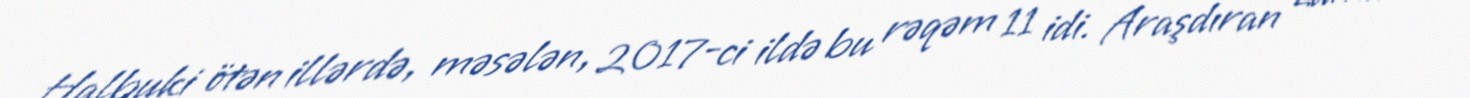
Halbuki ötən illərdə, məsələn, 2017-ci ildə bu rəqəm 11 idi. Araşdıran zaman